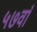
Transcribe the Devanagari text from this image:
५७वां